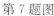
第7题图